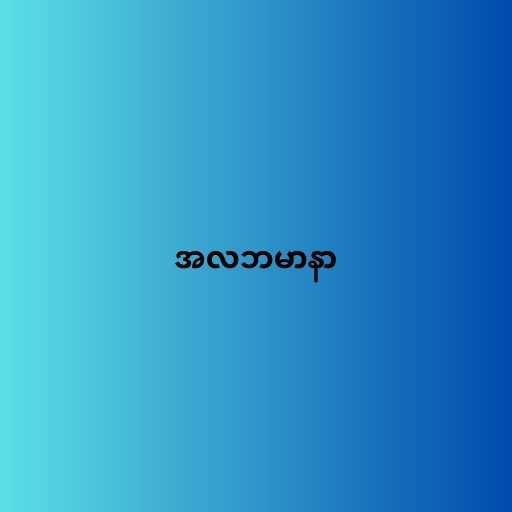
အလဘမာနာ